Annual administration report of the Civil Veterinary Department of India - 1898-1899
Year: 1898
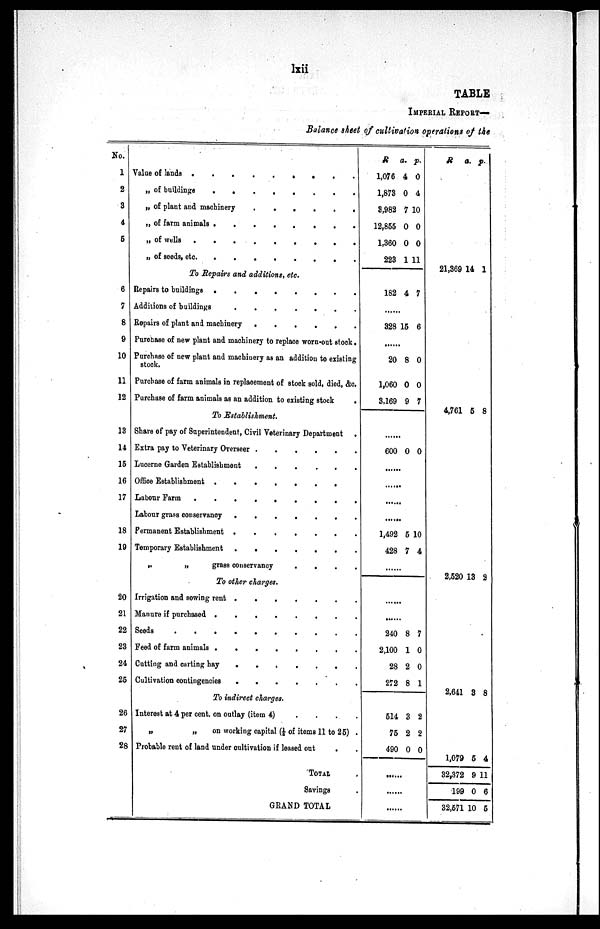
lxii
TABLE
IMPERIAL REPORT—
Balance sheet of cultivation operations of the
No.
1
2
3
4
5
6
7
8
9
10
11
12
13
14
15
16
17
18
19
20
21
22
23
24
25
26
27
28
Value of lands
.
.
.
.
.
.
.
.
.
„ of buildings
.
.
.
.
.
.
.
„ of plant and machinery
.
.
.
.
.
.
.
„ of farm animals
.
.
.
.
.
.
.
„ of wells
.
.
.
.
.
.
.
.
„ of seeds,
etc.
.
.
.
.
.
.
.
.
To Repairs and additions, etc.
Repairs to buildings
.
.
.
.
.
Additions of buildings
.
.
.
.
.
.
.
.
Repairs of plant and machinery
.
.
.
.
.
.
.
Purchase of new plant and machinery to replace worn-out stock.
Purchase of new plant and machinery as an addition to existing
stock.
Purchase of farm animals in replacement of stock sold, died, &c.
Purchase of farm animals as an addition to existing stock
.
To Establishment.
Share of pay of Superintendent, Civil Veterinary Department .
Extra pay to Veterinary Overseer
.
.
.
.
Lucerne Garden Establishment . . . . . . . .
Office Establishment
.
.
.
.
.
Labour Farm
.
.
.
.
.
Labour grass conservancy
.
.
.
.
.
Permanent Establishment
.
.
.
.
.
Temporary Establishment
.
.
.
.
.
„
„
grass conservancy
.
.
.
.
.
To other charges.
Irrigation and sowing rent
.
.
.
.
.
.
.
.
Manure if purchased
.
.
.
.
.
.
.
.
Seeds
.
.
.
.
.
Feed of farm animals
.
.
.
.
.
.
.
.
Cutting and carting hay
.
.
.
.
.
.
.
.
Cultivation contingencies
.
.
.
.
.
.
.
To indirect charges.
Interest at 4 per cent. on outlay (item 4) . . . . . . .
„
„
on working capital (1/5 of items 11 to 25) .
Probable rent of land under cultivation if leased out
. .
TOTAL .
Savings .
GRAND TOTAL
R
1,076
1,873
3,982
12,855
1,360
223
a.
4
0
7
0
0
1
p.
0
4
10
0
0
11
182 4 7
....
328 15 6
.....
20
1,060
3,169
8
0
9
0
0
7
.....
600 0 0
.....
.....
.....
....
1,492
428
5
7
10
4
.....
.....
.....
240
2,100
28
272
8
1
2
8
7
0
0
1
514
75
490
3
2
0
2
2
0
......
.....
.....
R
21,369
a.
14
p.
1
4,761 5 8
2,520
2,641
13
3
2
8
1,079
32,372
199
32,571
5
9
0
10
4
11
6
5